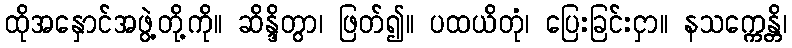
ထိုအနှောင်အဖွဲ့တို့ကို။ ဆိန္ဒိတွာ၊ ဖြတ်၍။ ပထယိတုံ၊ ပြေးခြင်းငှာ။ နသက္ကေန္တိ၊